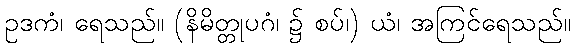
ဥဒကံ၊ ရေသည်။ (နိမိတ္တုပဂံ၊ ၌ စပ်၊) ယံ၊ အကြင်ရေသည်။